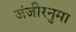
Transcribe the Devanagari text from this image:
जंजीरनुमा